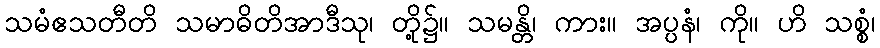
သမံဧသတီတိ သမာဓိတိအာဒီသု၊ တို့၌။ သမန္တိ၊ ကား။ အပ္ပနံ၊ ကို။ ဟိ သစ္စံ၊